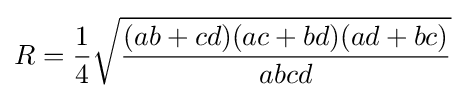
\displaystyle R={\frac {1}{4}}{\sqrt {\frac {(ab+cd)(ac+bd)(ad+bc)}{abcd}}}